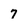
Character: 7